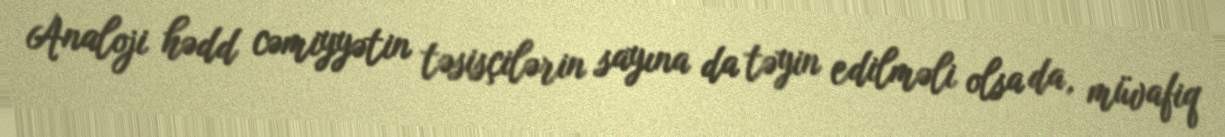
Analoji hədd cəmiyyətin təsisçilərin sayına da təyin edilməli olsa da, müvafiq